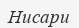
Нисари